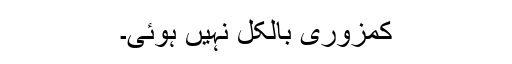
کمزوری بالکل نہیں ہوئی۔